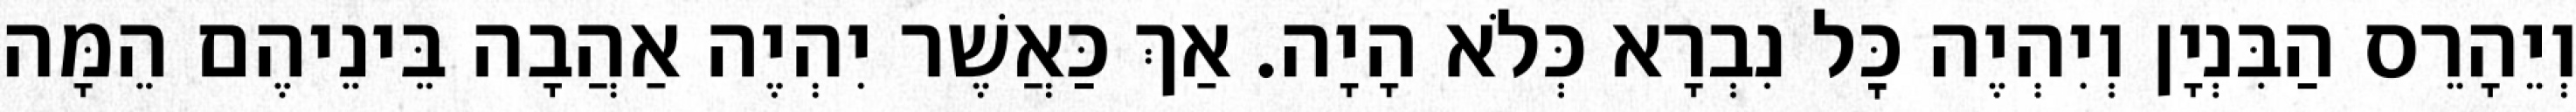
וְיֵהָרֵס הַבִּנְיָן וְיִהְיֶה כׇּל נִבְרָא כְּלֹא הָיָה. אַךְ כַּאֲשֶׁר יִהְיֶה אַהֲבָה בֵּינֵיהֶם הֵמָּה